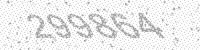
Solution: 299864